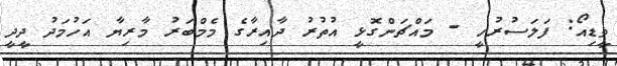
ވީޑިއޯ: ފަލަސުރުހީ - މައްޗަންގޮޅީ އުތުރު ދާއިރާގެ މެމްބަރު މާރިޔާ އަހުމަދު ދީދީ